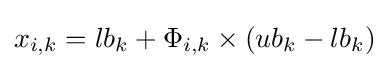
x_{i,k}=lb_{k}+\Phi _{i,k}\times (ub_{k}-lb_{k})